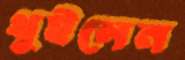
থুইলেন